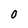
Character: 0